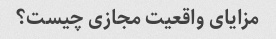
مزایای واقعیت مجازی چیست؟